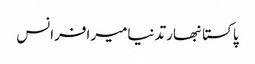
پاکستانبھارتدنیامیرافرانس